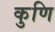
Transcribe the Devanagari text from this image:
कुणि